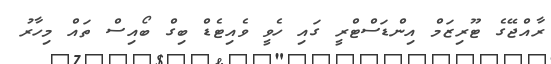
ރާއްޖޭގެ ޓޫރިޒަމް އިންޑަސްޓްރީ ގައި ހެވީ ވެއިޓެޑް ބިގް ބޯއިސް ތައް މިހާރު